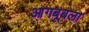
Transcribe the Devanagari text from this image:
आगबूबला